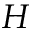
H